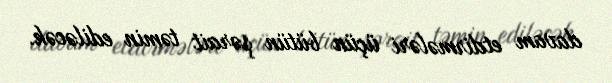
davam etdirmələri üçün bütün şərait təmin ediləcək.